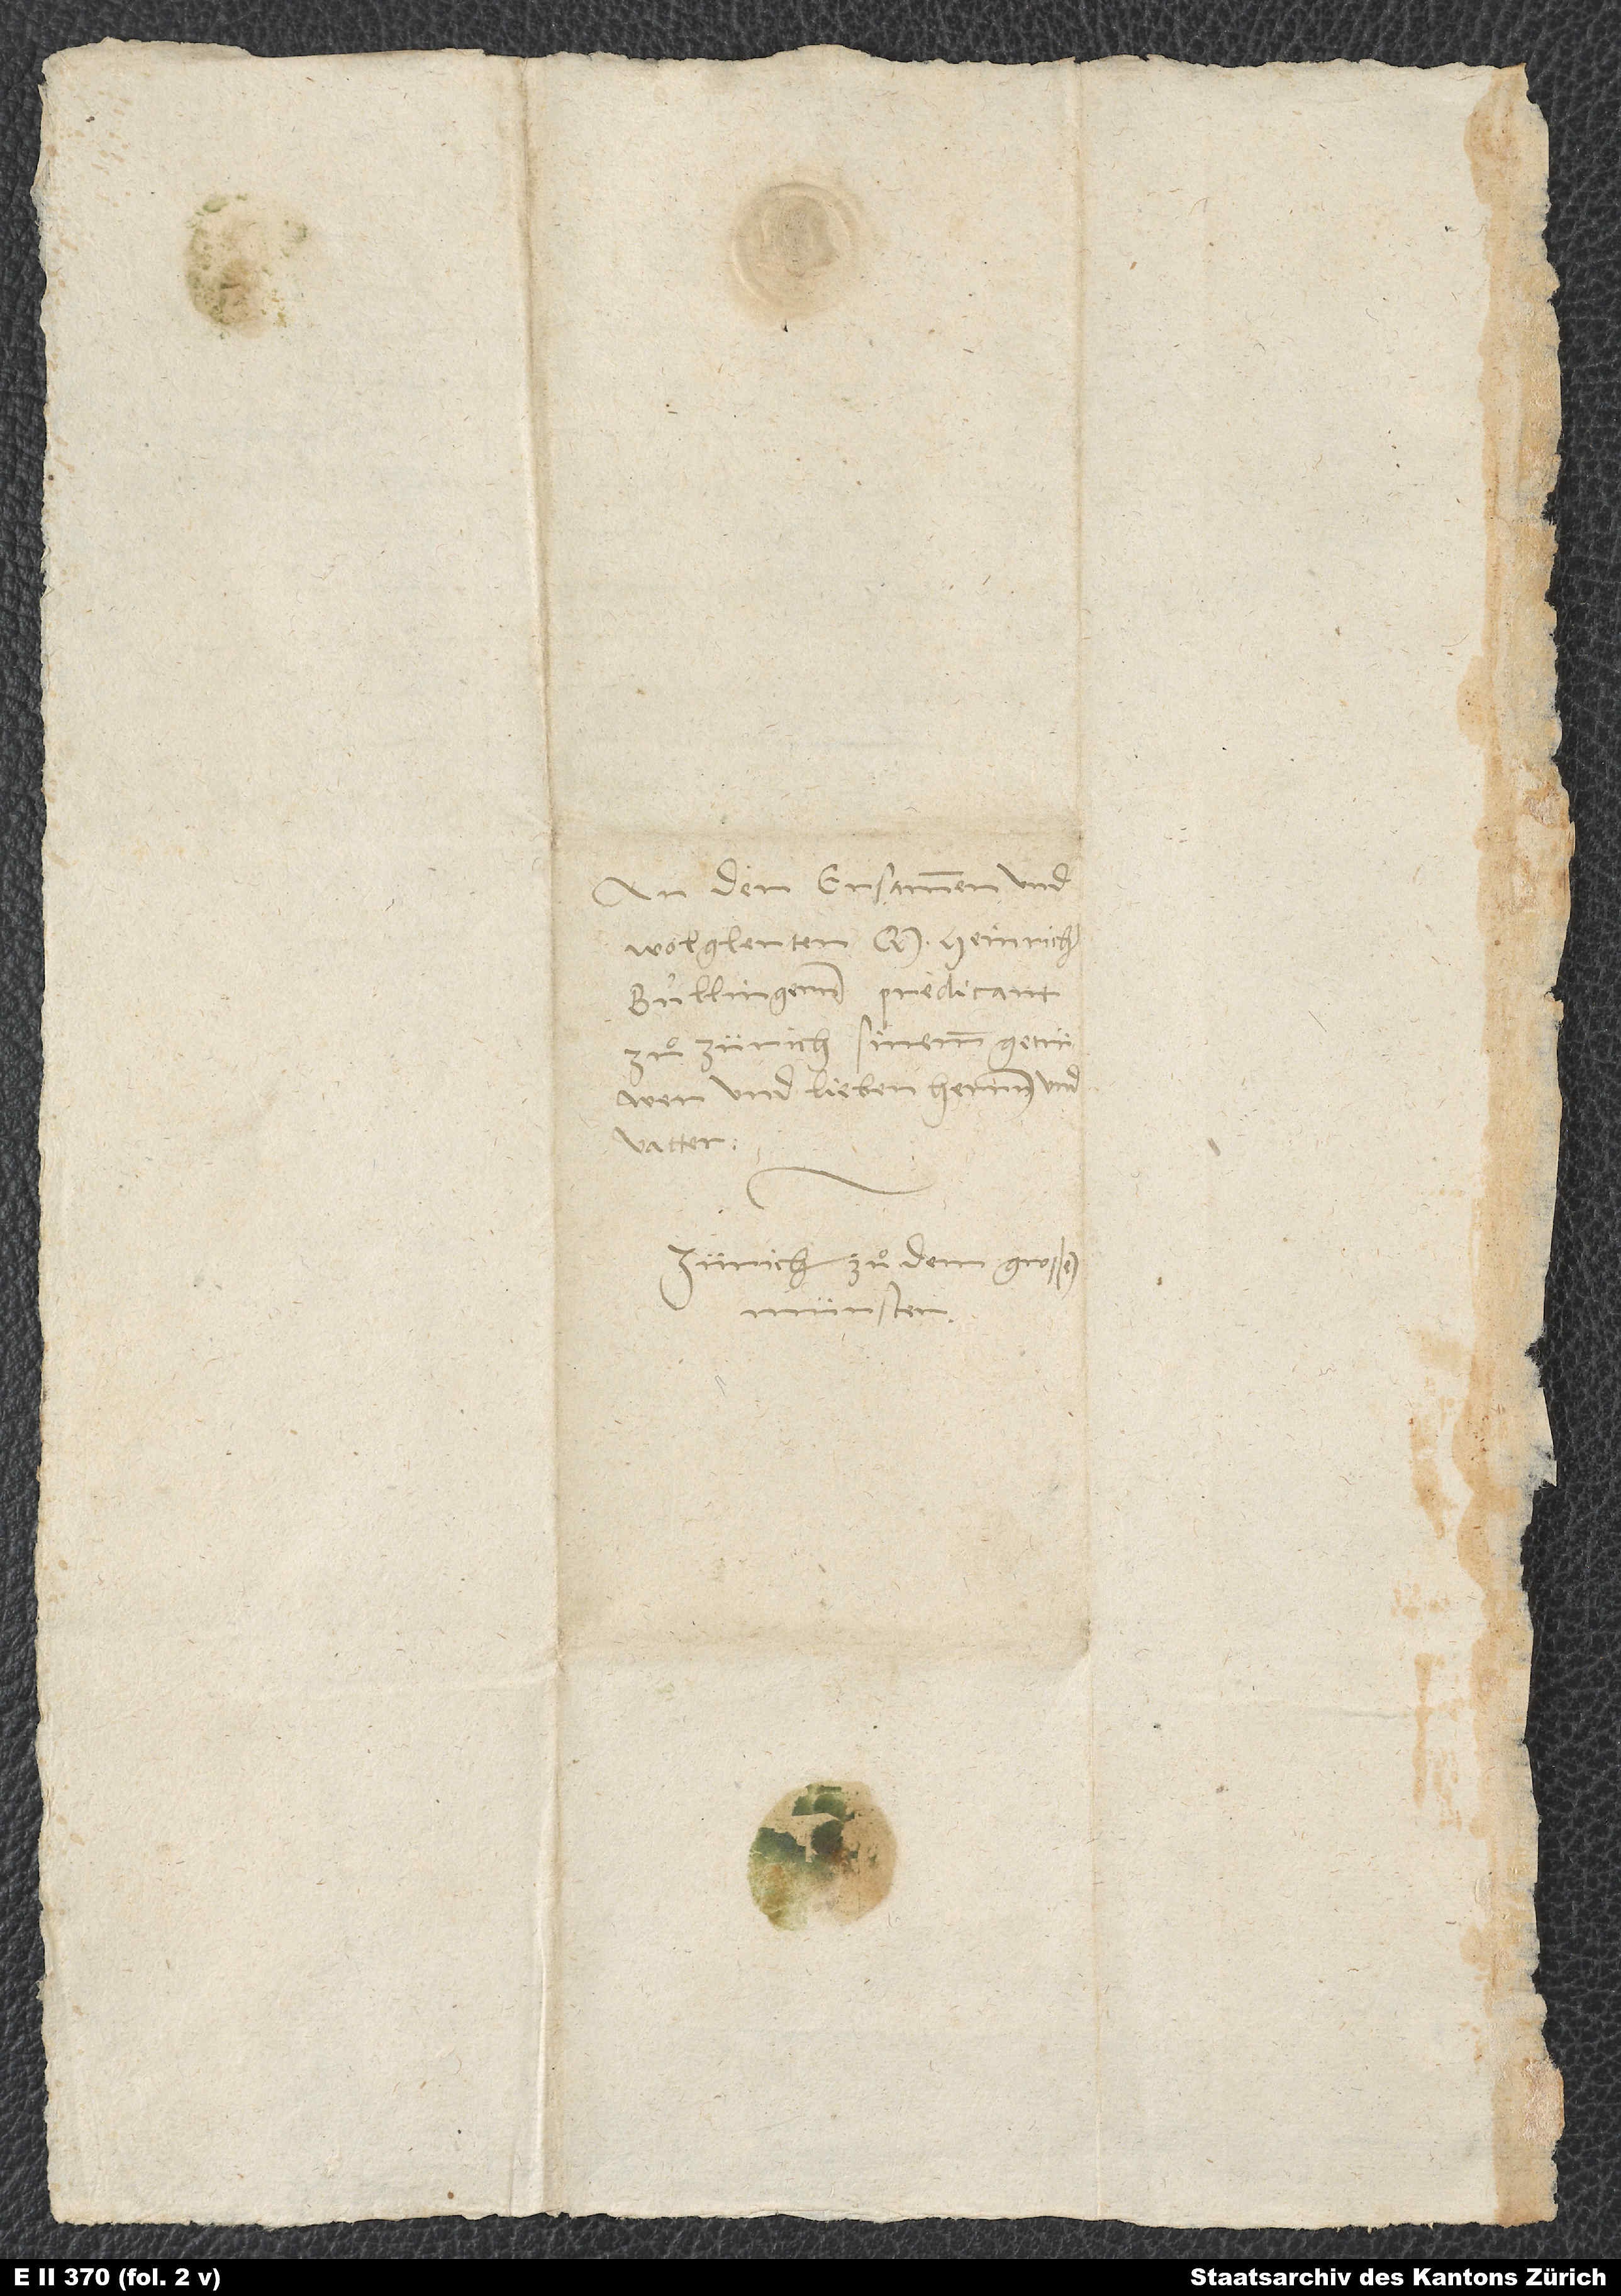
An den ersammen und
wolglerten M. Heinrich
Bullingeren, predicant
zuͦ Zürich, sinemm getrüwen
und lieben herrnn und
vatter.
Zürich, zuͦ dem großen